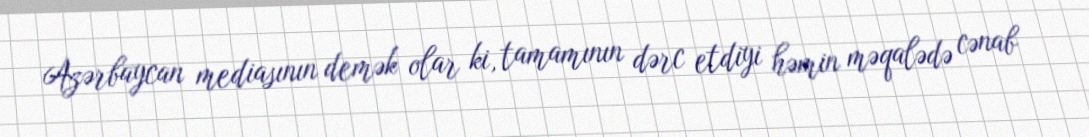
Azərbaycan mediasının demək olar ki, tamamının dərc etdiyi həmin məqalədə cənab